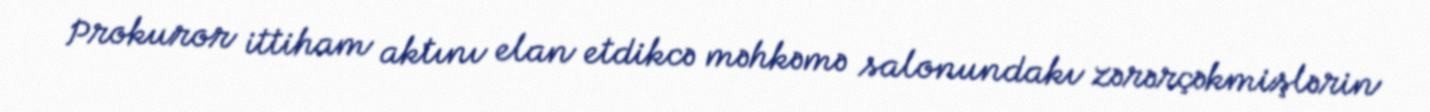
Prokuror ittiham aktını elan etdikcə məhkəmə salonundakı zərərçəkmişlərin